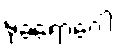
မုခရောဂေါ